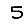
Digit: 5